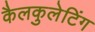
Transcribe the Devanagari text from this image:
कैलकुलेटिंग